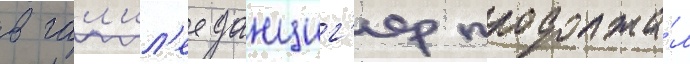
в гал'ил'ее данциг'ер продолжа́л